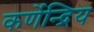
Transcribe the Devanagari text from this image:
कर्णेन्द्रिय